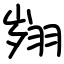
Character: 翙